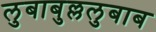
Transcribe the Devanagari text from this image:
लुबाबुल्ललुबाब